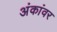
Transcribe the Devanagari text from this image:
अंकांवर